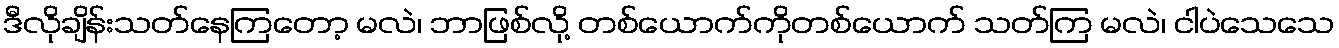
ဒီလိုချိန်းသတ်နေကြတော့ မလဲ၊ ဘာဖြစ်လို့ တစ်ယောက်ကိုတစ်ယောက် သတ်ကြ မလဲ၊ ငါပဲသေသေ